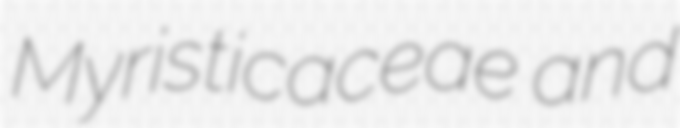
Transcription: Myristicaceae and